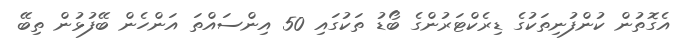
އެގޮތުން ކުންފުނިތަކުގެ ޑިރެކްޓަރުންގެ ބޯޑު ތަކުގައި 50 އިންސައްތަ އަންހެން ބޭފުޅުން ތިބޭ